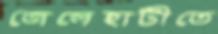
জেলেহাটীতে